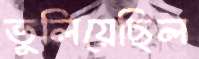
ভুলিয়েছিল